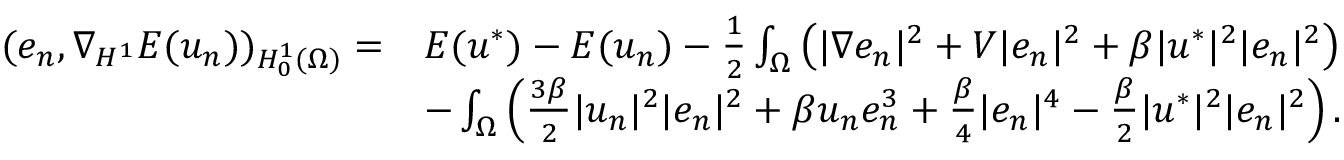
\begin{array} { r l } { ( e _ { n } , \nabla _ { H ^ { 1 } } E ( u _ { n } ) ) _ { H _ { 0 } ^ { 1 } ( \Omega ) } = } & { E ( u ^ { * } ) - E ( u _ { n } ) - \frac { 1 } { 2 } \int _ { \Omega } \left( | \nabla e _ { n } | ^ { 2 } + V | e _ { n } | ^ { 2 } + \beta | u ^ { * } | ^ { 2 } | e _ { n } | ^ { 2 } \right) } \\ & { - \int _ { \Omega } \left( \frac { 3 \beta } { 2 } | u _ { n } | ^ { 2 } | e _ { n } | ^ { 2 } + \beta u _ { n } e _ { n } ^ { 3 } + \frac { \beta } { 4 } | e _ { n } | ^ { 4 } - \frac { \beta } { 2 } | u ^ { * } | ^ { 2 } | e _ { n } | ^ { 2 } \right) . } \end{array}